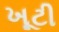
ખૂટી